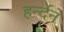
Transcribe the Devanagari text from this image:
हर्न्देन